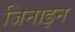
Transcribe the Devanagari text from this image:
जिनाइन